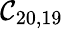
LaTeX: \mathcal{C}_{20,19}